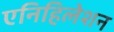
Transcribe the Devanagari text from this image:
एनिहिलेशन